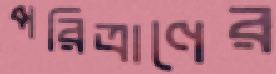
পরিত্রাণের